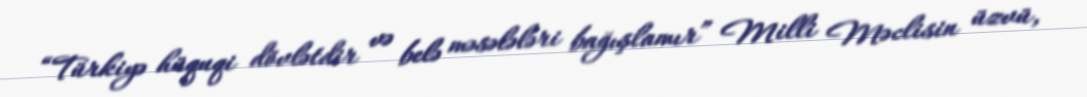
“Türkiyə hüquqi dövlətdir və belə məsələləri bağışlamır” Milli Məclisin üzvü,